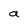
Character: a